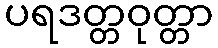
ပရဒတ္တဝုတ္တာ